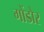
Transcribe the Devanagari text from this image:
गोंडोर